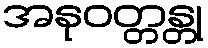
အနုဝတ္တန္တု